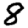
Digit: 8